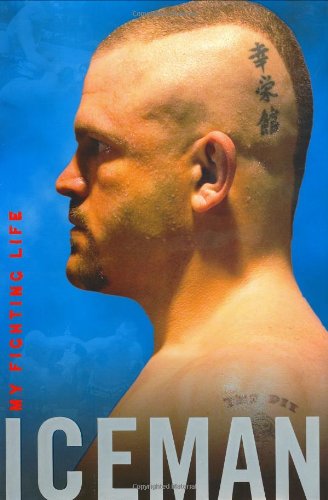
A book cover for Iceman: My Fighting Life; Chuck Liddell; Sports & Outdoors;